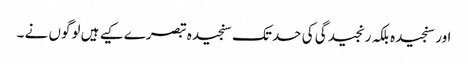
اور سنجیدہ بلکہ رنجیدگی کی حد تک سنجیدہ تبصرے کیے ہیں لوگوں نے ۔